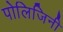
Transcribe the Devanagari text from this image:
पोलिजिनी